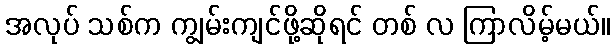
အလုပ် သစ်က ကျွမ်းကျင်ဖို့ဆိုရင် တစ် လ ကြာလိမ့်မယ်။